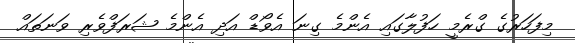
މިފަހަރުގެ ގްރެމީ ހަފުލާގައި އެންމެ ގިނަ އެވޯޑް އަދި އެންމެ ޝަރަފްވެރި ވަނަތައް